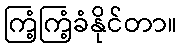
ကြံ့ကြံ့ခံနိုင်တာ။